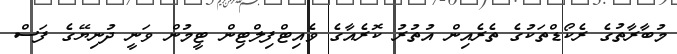
މުބާރާތުގެ ރެކޯޑްތަކުގެ ތެރެއިން އުތުރު ކޮރެއާގެ ވެއިޓްފިލްޓިން ޓީމުން ވަނީ ދުނިޔޭގެ ފަސް